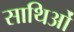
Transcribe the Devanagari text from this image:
साथिओं